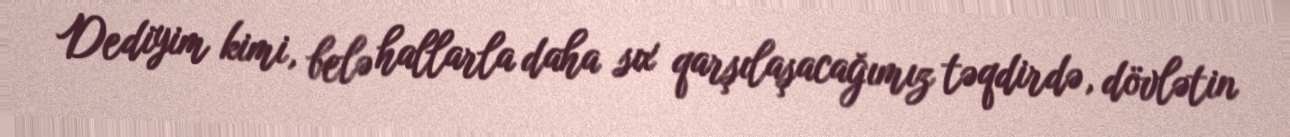
Dediyim kimi, belə hallarla daha sıx qarşılaşacağımız təqdirdə, dövlətin